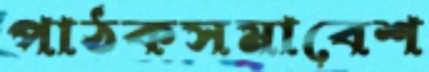
পাঠকসমাবেশ